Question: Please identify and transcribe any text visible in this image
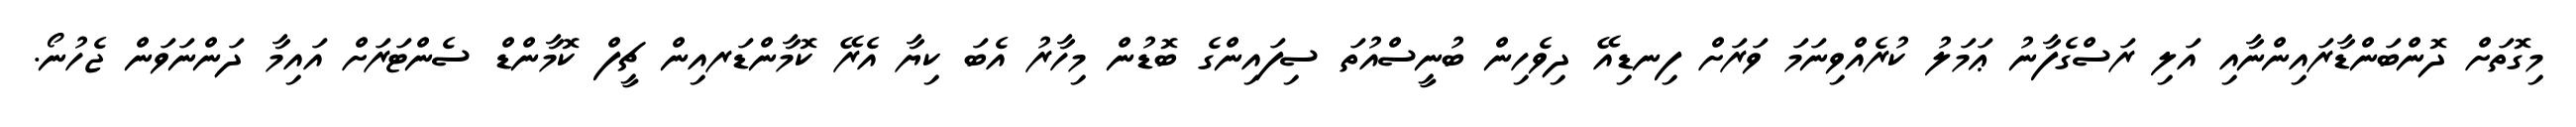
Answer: މިގޮތަށް ދޮންބަންޑާރައިންނާއި އަލި ރަސްގެފާނު ޢަމަލު ކުރެއްވިނަމަ ވަރަށް ފިނޑިއޭ ދިވެހިން ބުނީސްއުތަ ސިފައިންގެ ބޮޑުން މިހާރު އެބަ ކިޔާ އެރޭ ކޮމާންޑަރއިން ޗީފް ކޮމާންޑް ސެންޓަރަށް އައިމާ ދަންނަވަން ޖެހުނޯ.